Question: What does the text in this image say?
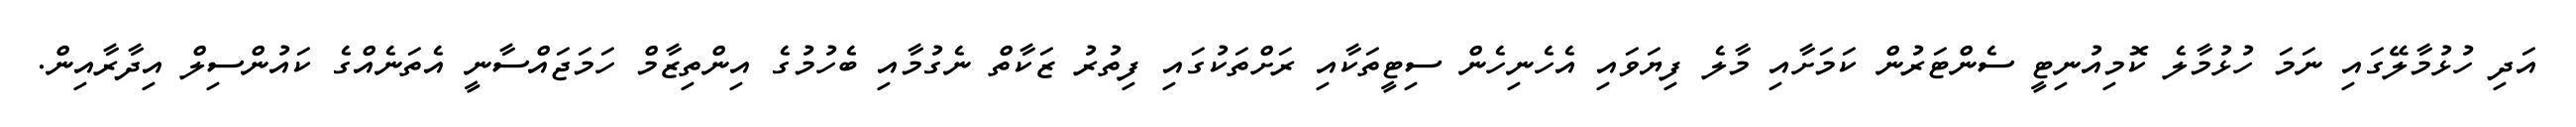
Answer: އަދި ހުޅުމާލޭގައި ނަމަ ހުޅުމާލެ ކޮމިއުނިޓީ ސެންޓަރުން ކަމަށާއި މާލެ ފިޔަވައި އެހެނިހެން ސިޓީތަކާއި ރަށްތަކުގައި ފިތުރު ޒަކާތް ނެގުމާއި ބެހުމުގެ އިންތިޒާމް ހަމަޖައްސާނީ އެތަނެއްގެ ކައުންސިލް އިދާރާއިން.